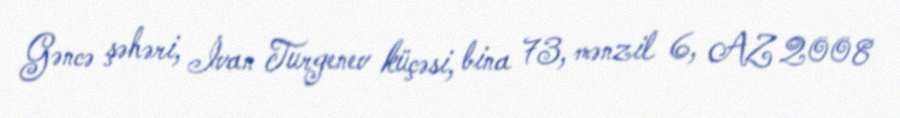
Gəncə şəhəri, İvan Turgenev küçəsi, bina 73, mənzil 6, AZ 2008